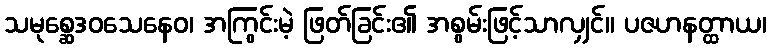
သမုစ္ဆေဒဝသေနေဝ၊ အကြွင်းမဲ့ ဖြတ်ခြင်း၏ အစွမ်းဖြင့်သာလျှင်။ ပဇဟနတ္ထာယ၊